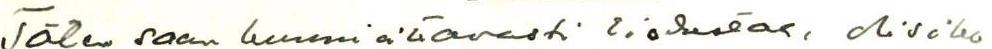
Täten saan kunnioittavasti tiedustaa, olisiko